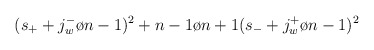
\begin{align*}(s_+ + {{j_w^-}\o {n-1}})^2 + {{n-1}\o {n+1}}(s_- + {{j_w^+}\o {n-1}})^2\end{align*}